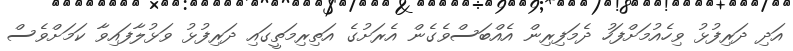
އަދި ދަރިފުޅު ވިހެއުމަށްފަހު ދެމަފިރިން އެއްބަސްވެގެން އެރަށުގެ އަތިރިމަތީގައި ދަރިފުޅު ވަޅުލާފައިވާ ކަމަށްވެސް